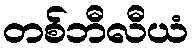
တစ်ဘီလီယံ